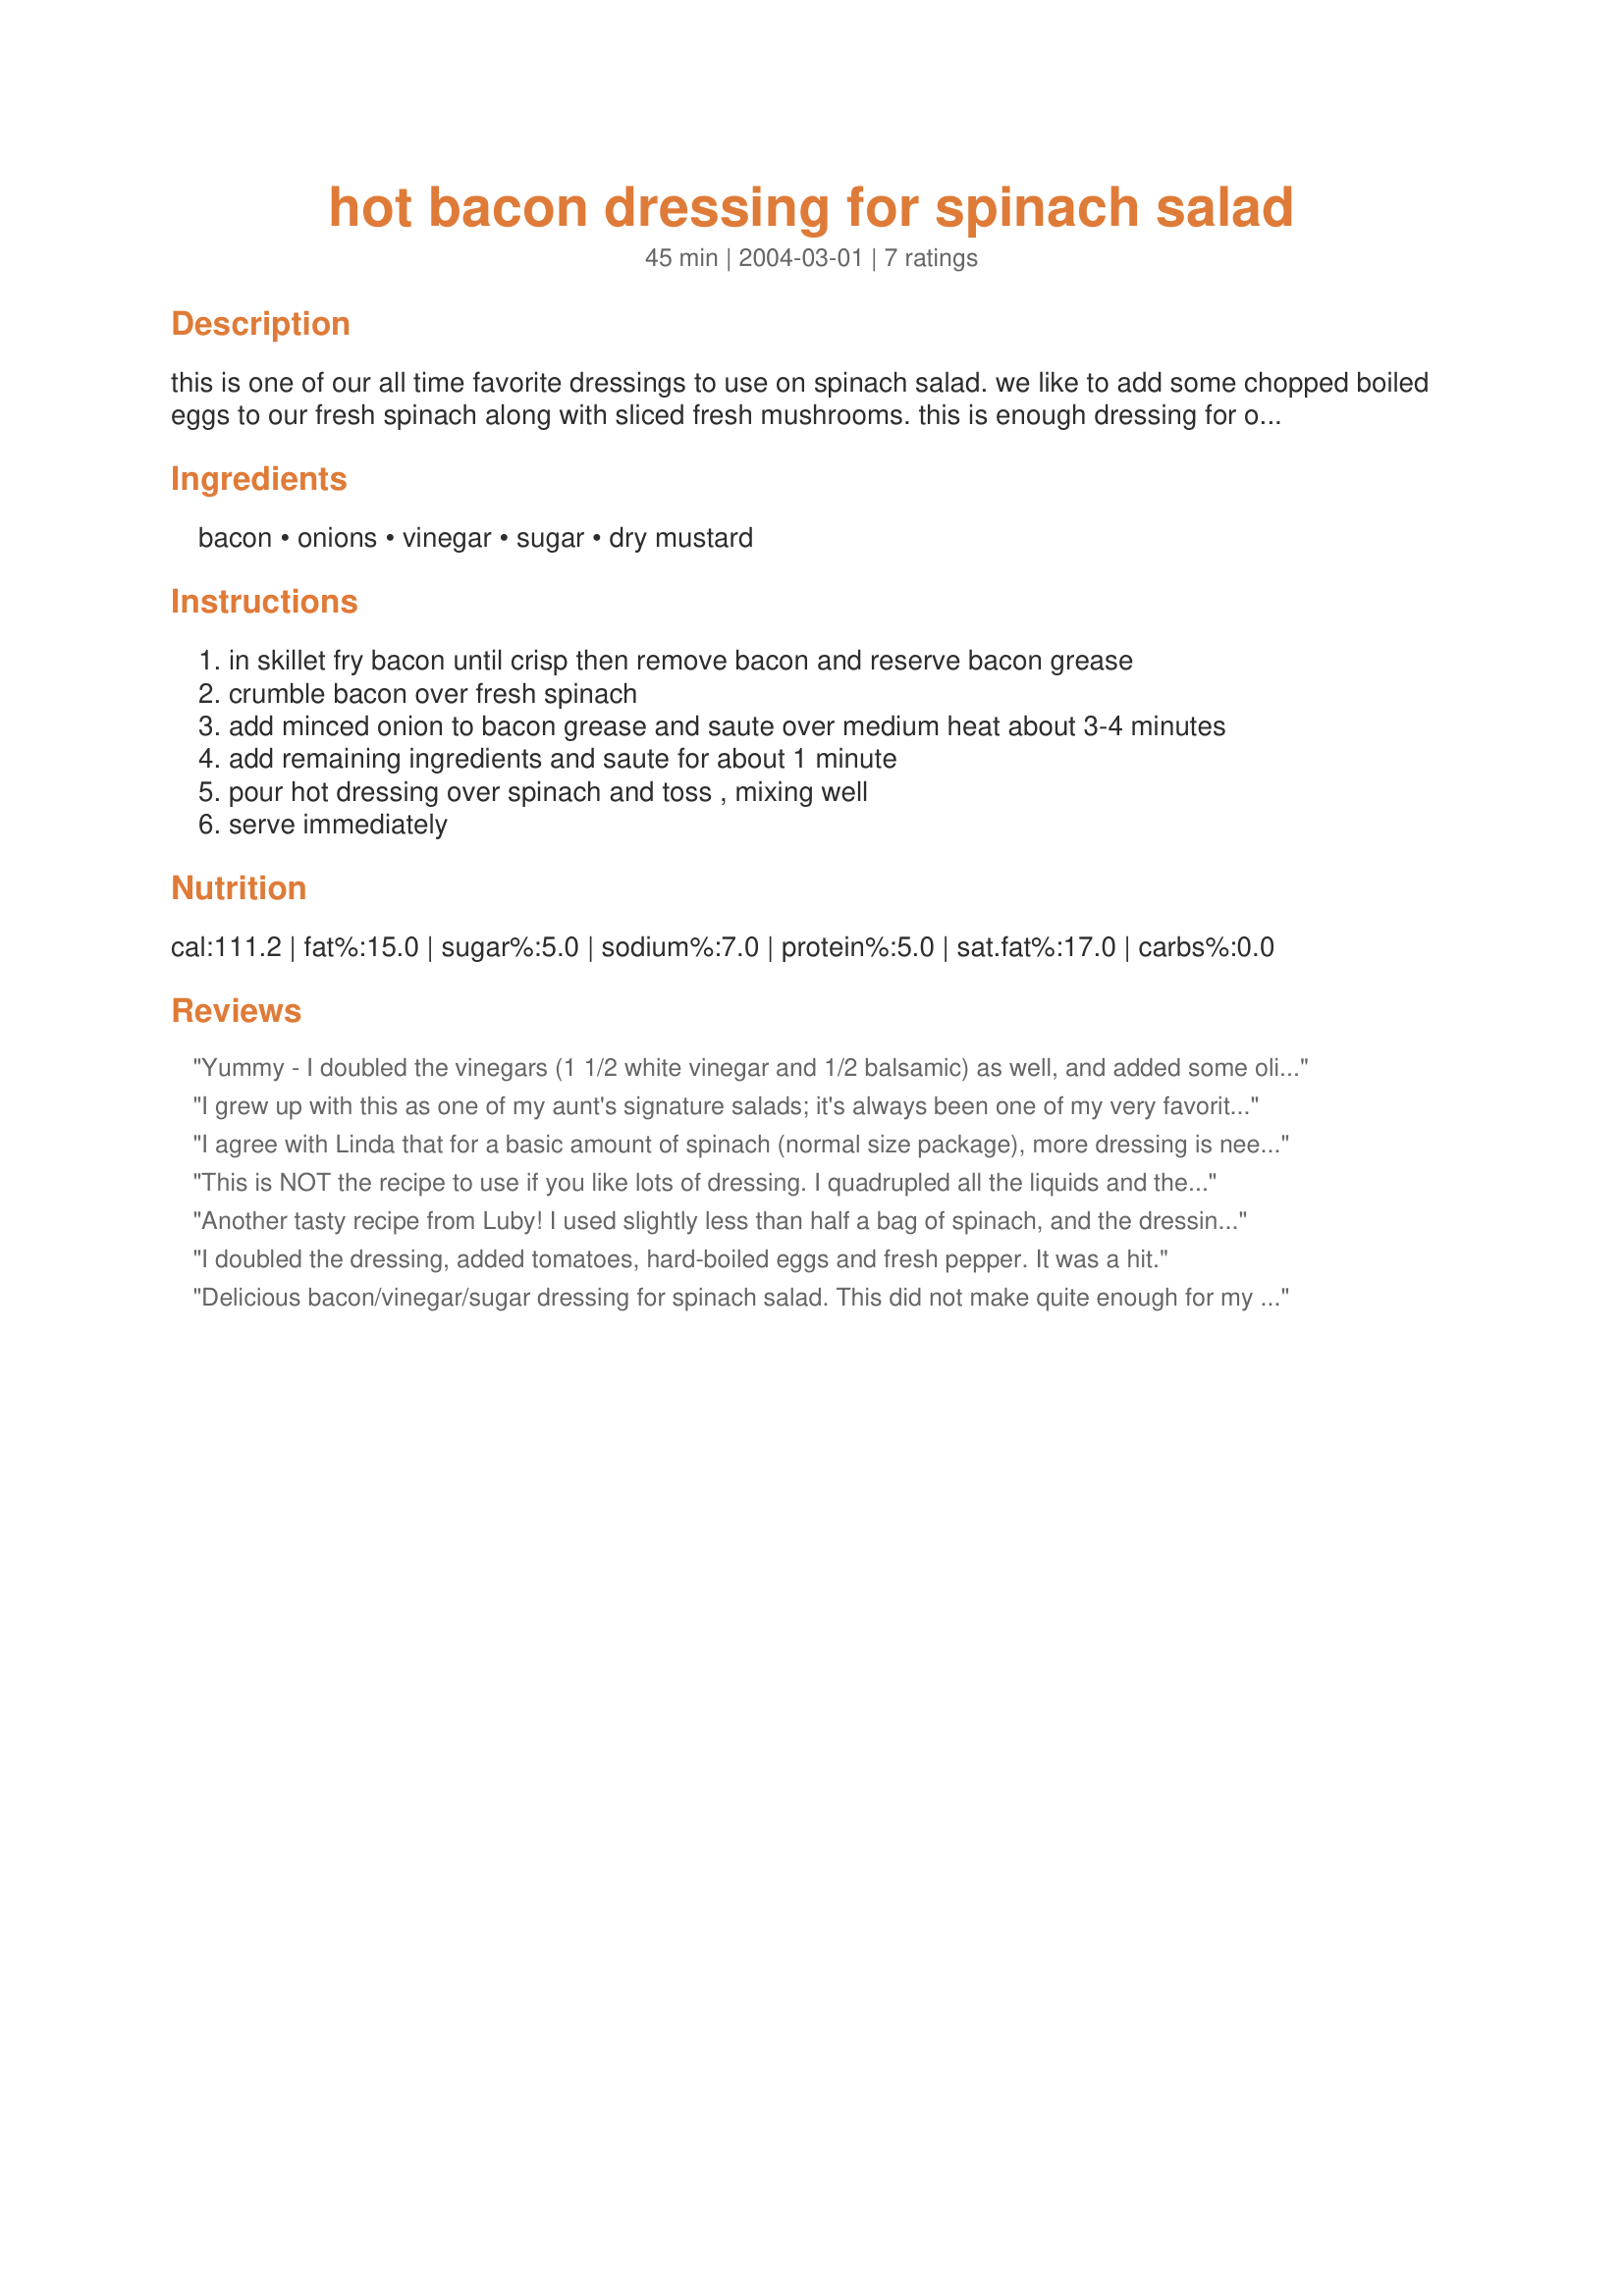
hot bacon dressing for spinach salad
Preparation time: 45 minutes

this is one of our all time favorite dressings to use on spinach salad. we like to add some chopped boiled eggs to our fresh spinach along with sliced fresh mushrooms. this is enough dressing for one-half of a small bag of spinach.
edited: to say this is enough for half a bag of cleaned spinach.

Ingredients:
bacon, onions, vinegar, sugar, dry mustard

Steps:
in skillet fry bacon until crisp then remove bacon and reserve bacon grease, crumble bacon over fresh spinach, add minced onion to bacon grease and saute over medium heat about 3-4 minutes, add remaining ingredients and saute for about 1 minute, pour hot dressing over spinach and toss , mixing well, serve immediately

Reviews:
Yummy - I doubled the vinegars (1 1/2 white vinegar and 1/2 balsamic) as well, and added some olive oil, 1/4 tsp ginger and a pinch of celery salt - then a sprinkle of cornstarch to thicken it up.
Even my hubs who's not a fan of sweet dressings loved it!
I grew up with this as one of my aunt's signature salads; it's always been one of my very favorites. Toss in a few cherry or grape tomatoes and it's like the most decadent BLT you've ever tried. The only thing I add is freshly cracked black pepper. Thanks so much for posting an old favorite!
I agree with Linda that for a basic amount of spinach (normal size package), more dressing is needed. But this has a very good flavor overall! Thanks for posting. I will use this again!
This is NOT the recipe to use if you like lots of dressing. I quadrupled all the liquids and then just kept adding more to get enough for only two of us and a half pound of spinach. It also says 4 strips of bacon but not how much grease to wind up with. Turkey bacon doesn&#039;t leave hardly any so more grease has to be added but how much? I&#039;m finding a different recipe the next time.
Another tasty recipe from Luby! I used slightly less than half a bag of spinach, and the dressing quantity worked out well. Thanks also for the suggestions of including chopped eggs, tomatoes and cracked pepper--all were added and enjoyed.
I doubled the dressing, added tomatoes, hard-boiled eggs and fresh pepper. It was a hit.
Delicious bacon/vinegar/sugar dressing for spinach salad. This did not make quite enough for my sack of spinach so I will up amounts a little the next time I make, but there will be a next time. Fast, easy, and good-tasting. Thanks Lubby!
